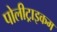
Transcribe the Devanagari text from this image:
पोलीट्राइकम